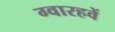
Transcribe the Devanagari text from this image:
ग्वारहवें